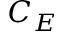
C _ { E }